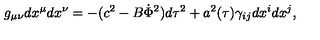
g _ { \mu \nu } d x ^ { \mu } d x ^ { \nu } = - ( c ^ { 2 } - B \dot { \Phi } ^ { 2 } ) d \tau ^ { 2 } + a ^ { 2 } ( \tau ) \gamma _ { i j } d x ^ { i } d x ^ { j } ,